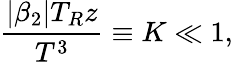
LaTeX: \frac{|\beta_{2}|T_{R}z}{T^{3}}\equiv K\ll 1,